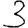
Digit: 3